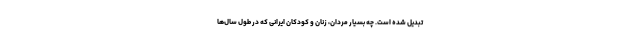
تبدیل شده است. چه بسیار مردان، زنان و کودکان ایرانی که در طول سال‌ها